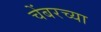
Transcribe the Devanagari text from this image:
चेंबरच्या